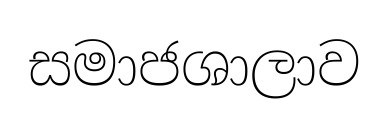
සමාජශාලාව